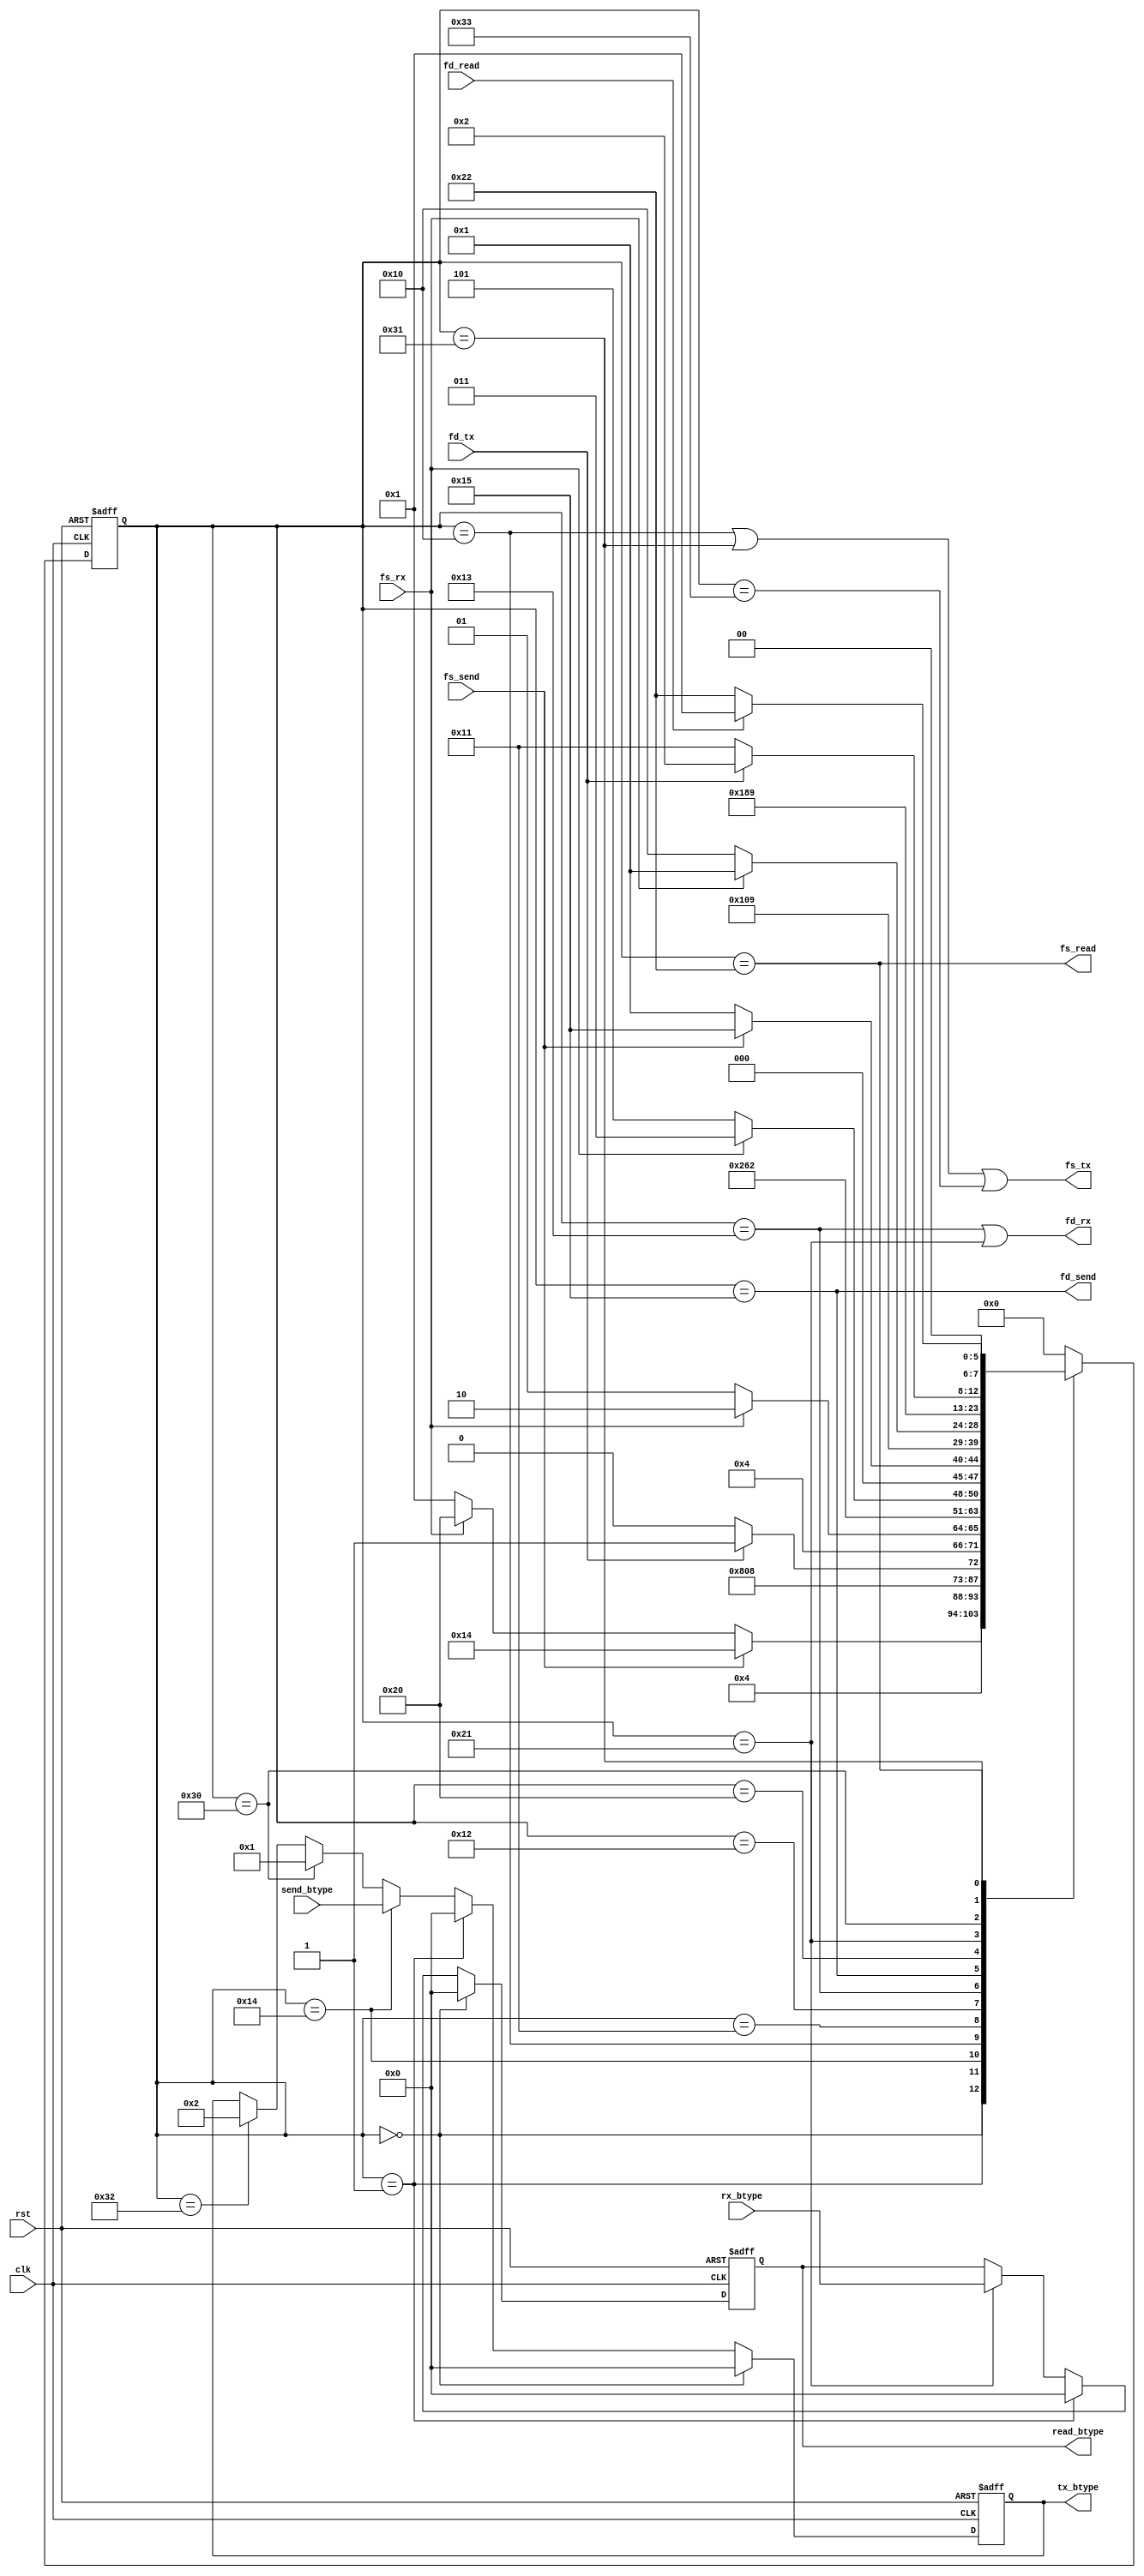
module typecm_cs(
    input clk,
    input rst,

    input fs_send,
    output fd_send,
    output fs_read,
    input fd_read,

    output reg [3:0] read_btype,
    input [3:0] send_btype,

    output fs_tx,
    input fd_tx,
    input fs_rx,
    output fd_rx,

    output reg [3:0] tx_btype,
    input [3:0] rx_btype
);

    localparam BAG_INIT = 4'b0000; 
    localparam BAG_ACK = 4'b0001, BAG_NAK = 4'b0010, BAG_STALL = 4'b0011;
    localparam BAG_DIDX = 4'b0101, BAG_DPARAM = 4'b0110, BAG_DDIDX = 4'b0111;
    localparam BAG_DLINK = 4'b1000, BAG_DTYPE = 4'b1001, BAG_DTEMP = 4'b1010;
    localparam BAG_DHEAD = 4'b1100, BAG_DATA0 = 4'b1101, BAG_DATA1 = 4'b1110;


    (*MARK_DEBUG = "true"*)reg [7:0] state; 
    reg [7:0] next_state;
    localparam MAIN_IDLE = 8'h00, MAIN_WAIT = 8'h01;
    localparam SEND_DATA = 8'h10, RECV_WAIT = 8'h11, RECV_TAKE = 8'h12, RECV_DONE = 8'h13;
    localparam SEND_PDATA = 8'h14, SEND_DONE = 8'h15;
    localparam READ_DATA = 8'h20, READ_TAKE = 8'h21, READ_DONE = 8'h22; 
    localparam SEND_PACK = 8'h30, SEND_ACK = 8'h31, SEND_PNAK = 8'h32, SEND_NAK = 8'h33; 

    assign fd_send = (state == SEND_DONE);
    assign fs_read = (state == READ_DONE);
    assign fs_tx = (state == SEND_DATA) || (state == SEND_ACK) || (state == SEND_NAK);
    assign fd_rx = (state == RECV_DONE) || (state == READ_TAKE);


    always@(posedge clk or posedge rst) begin
        if(rst) state <= MAIN_IDLE;
        else state <= next_state;
    end

    always@(*) begin
        case(state)
            MAIN_IDLE: next_state <= MAIN_WAIT;
            MAIN_WAIT: begin 
                if(fs_send) next_state <= SEND_PDATA;
                else if(fs_rx) next_state <= READ_DATA;
                else next_state <= MAIN_WAIT;
            end

            SEND_PDATA: next_state <= SEND_DATA;
            SEND_DATA: begin
                if(fd_tx) next_state <= RECV_WAIT;
                else next_state <= SEND_DATA;
            end
            RECV_WAIT: begin
                if(fs_rx) next_state <= RECV_TAKE;
                else next_state <= RECV_WAIT;
            end
            RECV_TAKE: next_state <= RECV_DONE;
            RECV_DONE: begin
                if(~fs_rx) next_state <= SEND_DONE;
                else next_state <= RECV_DONE;
            end
            SEND_DONE: begin
                if(~fs_send) next_state <= MAIN_WAIT;
                else next_state <=  SEND_DONE;
            end

            READ_DATA: next_state <= READ_TAKE;
            READ_TAKE: begin
                if(~fs_rx) next_state <= SEND_PACK;
                else next_state <= READ_TAKE;
            end
            SEND_PACK: next_state <= SEND_ACK;
            SEND_ACK: begin
                if(fd_tx) next_state <= READ_DONE;
                else next_state <= SEND_ACK;
            end
            READ_DONE: begin
                if(fd_read) next_state <=  MAIN_WAIT;
                else next_state <= READ_DONE;
            end
            default: next_state <= MAIN_IDLE;
        endcase
    end

    always@(posedge clk or posedge rst) begin
        if(rst) read_btype <= BAG_INIT;
        else if(state == MAIN_IDLE) read_btype <= BAG_INIT; 
        else if(state == MAIN_WAIT) read_btype <= BAG_INIT; 
        else if(state == READ_TAKE) read_btype <= rx_btype; 
        else read_btype <= read_btype;
    end

    always@(posedge clk or posedge rst) begin
        if(rst) tx_btype <= BAG_INIT;
        else if(state == MAIN_IDLE) tx_btype <= BAG_INIT;
        else if(state == MAIN_WAIT) tx_btype <= BAG_INIT;
        else if(state == SEND_PDATA) tx_btype <= send_btype;
        else if(state == SEND_PACK) tx_btype <= BAG_ACK;
        else if(state == SEND_PNAK) tx_btype <= BAG_NAK;
        else tx_btype <= tx_btype;
    end

endmodule